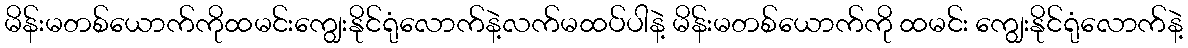
မိန်းမတစ်ယောက်ကိုထမင်းကျွေးနိုင်ရုံလောက်နဲ့လက်မထပ်ပါနဲ့ မိန်းမတစ်ယောက်ကို ထမင်း ကျွေးနိုင်ရုံလောက်နဲ့